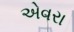
એવરા